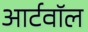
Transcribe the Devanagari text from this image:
आर्टवॉल